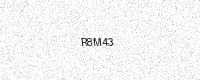
Text: R8M43